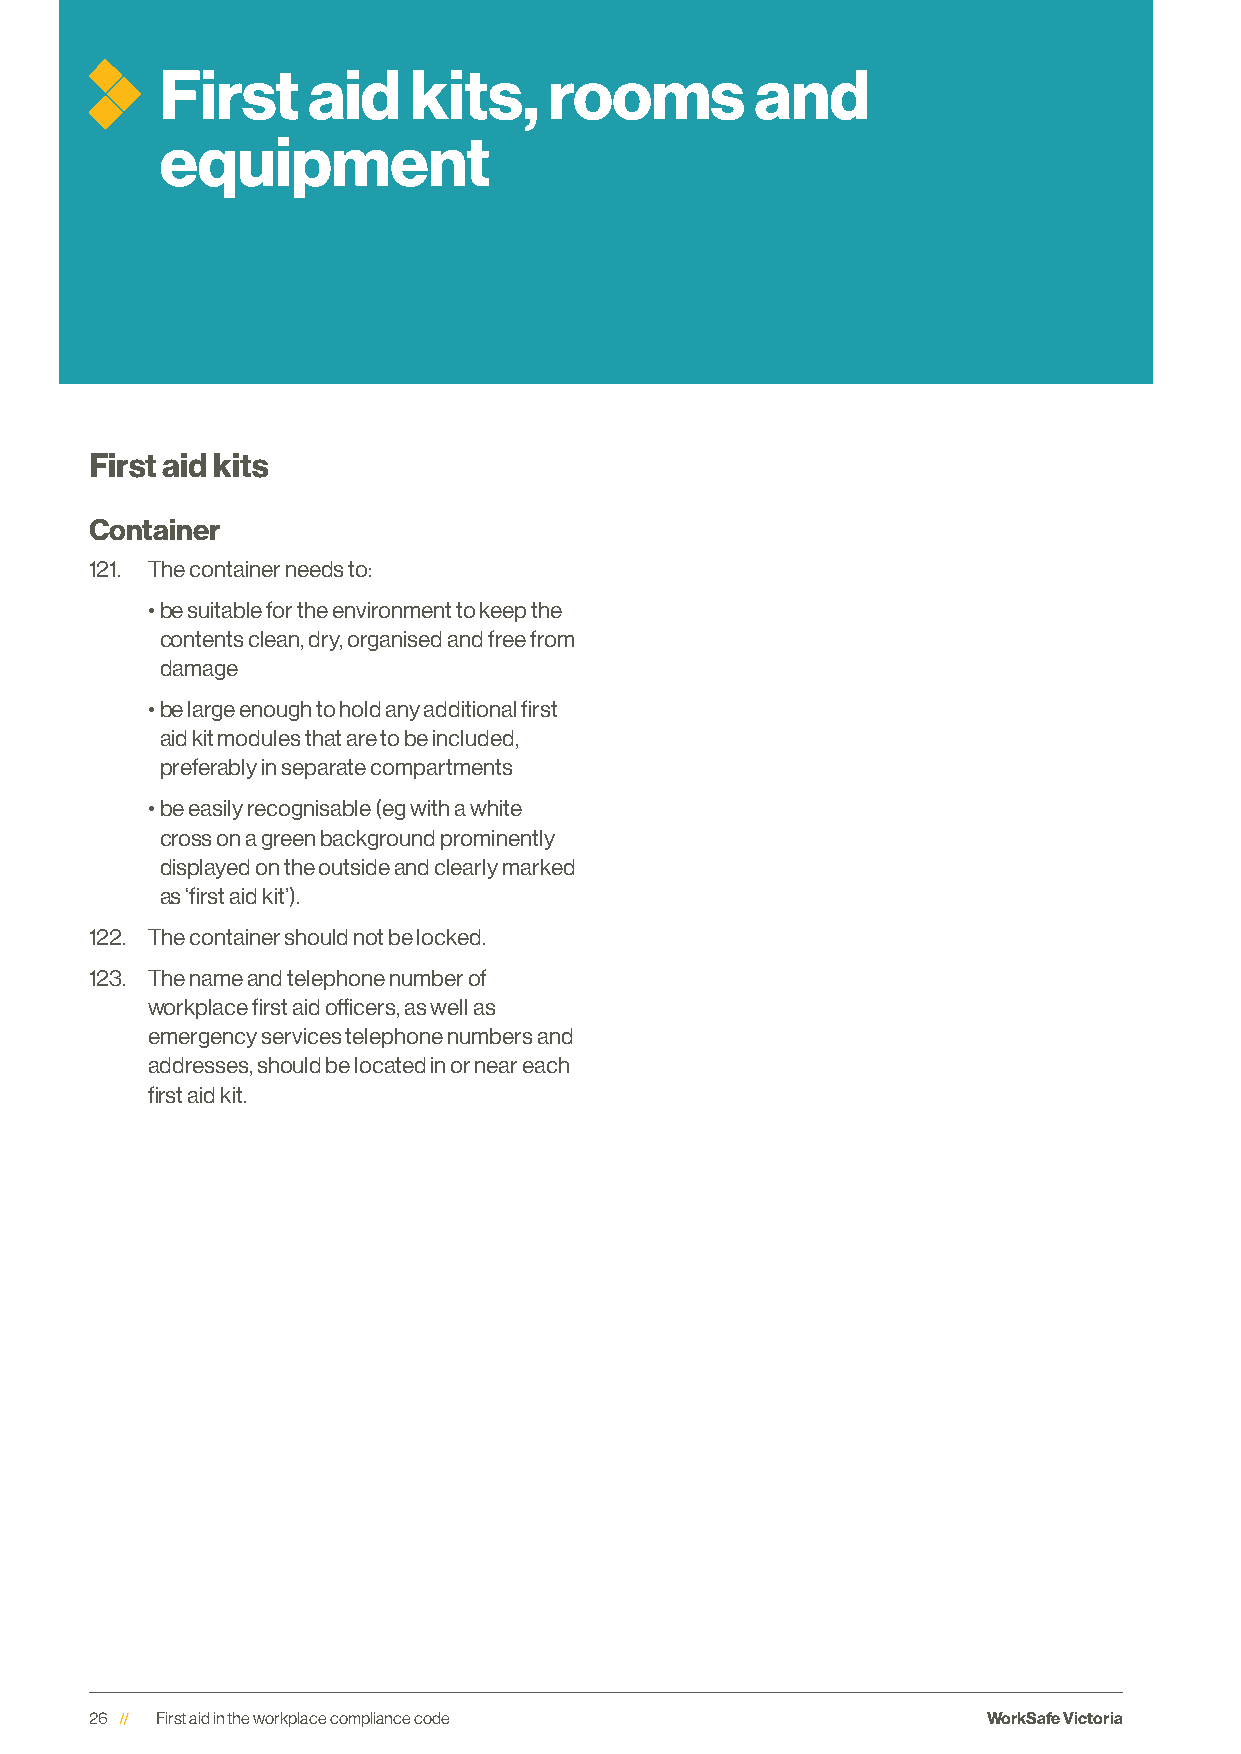
First    aid    kits,    rooms         and
 equipment
 First aid kits
 Container
 121. The container needs to:
 • be suitable for the environment to keep the
 contents clean, dry, organised and free from
 damage
 • be large enough to hold any additional first
 aid kit modules that are to be included,
 preferably in separate compartments
 • be easily recognisable (eg with a white
 cross on a green background prominently
 displayed on the outside and clearly marked
 as ‘first aid kit’).
 122. The container should not be locked.
 123. The name and telephone number of
 workplace first aid officers, as well as
 emergency services telephone numbers and
 addresses, should be located in or near each
 first aid kit.
 26  First aid in the workplace compliance code             WorkSafe Victoria